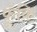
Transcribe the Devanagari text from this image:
फूँकि